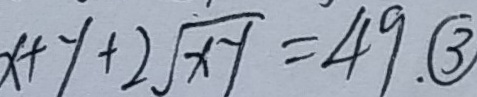
x + y + 2 \sqrt { x y } = 4 9 . \textcircled { 3 }